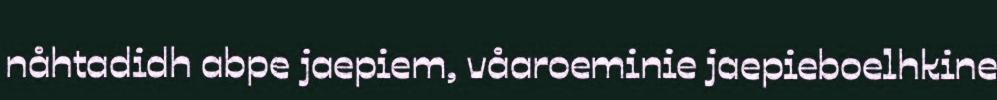
nåhtadidh abpe jaepiem, våaroeminie jaepieboelhkine